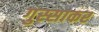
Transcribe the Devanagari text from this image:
गुस्साकर